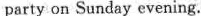
party on Sunday evening.